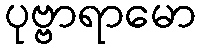
ပုဗ္ဗာရာမော